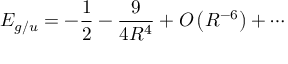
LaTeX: E _ { g / u } = - { \frac { 1 } { 2 } } - { \frac { 9 } { 4 R ^ { 4 } } } + O \left( R ^ { - 6 } \right) + \cdots